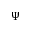
\Psi